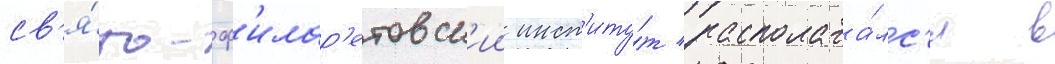
св'я́то-ф'илар'етовск'ии инст'иту́т располага́лс'я в